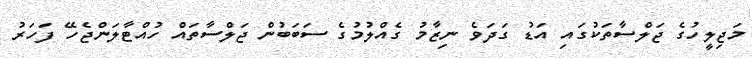
މަޖިލީހުގެ ޖަލްސާތަކުގައި އަޑު ގަދަވެ ނިޒާމު ގެއްލުމުގެ ސަބަބުން ޖަލްސާތައް ހުއްޓާލަންޖެހޭ ފަހަރު